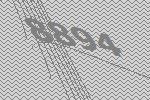
8894